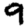
Digit: 9